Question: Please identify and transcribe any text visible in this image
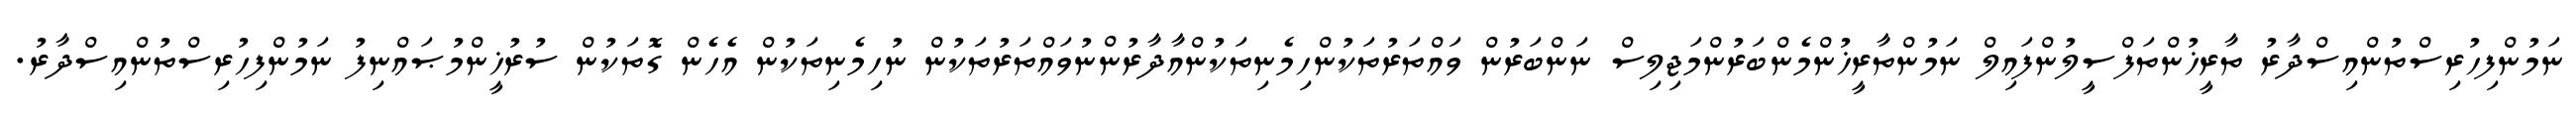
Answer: ނަމުންފިހުރިސްތުންއިސްދާރު ތާރީޚުންތަފްސީލުންފައިލް ނަމުންތާރީޚުންމެންބަރުންމަޖިލިސް ނަންބަރުން ވައްތަރުތަކުންހިމެނިތަކުންއާދާރުންނުވައްތަރުތަކުން ނުހިމެނިތަކުން އެހެން ގޮތަކުން ސުރުޚީންމުޞައްނިފު ނަމުންފިހުރިސްތުންއިސްދާރު.